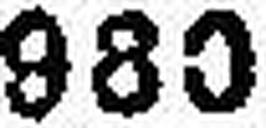
930